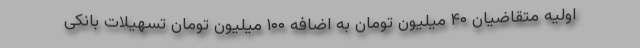
اولیه متقاضیان ۴۰ میلیون تومان به اضافه ۱۰۰ میلیون تومان تسهیلات بانکی